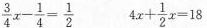
$$\frac { 3 } { 4 } x - \frac { 1 } { 4 } = \frac { 1 } { 2 }$$ $$4 x + \frac { 1 }